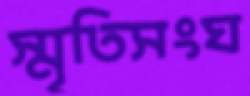
স্মৃতিসংঘ